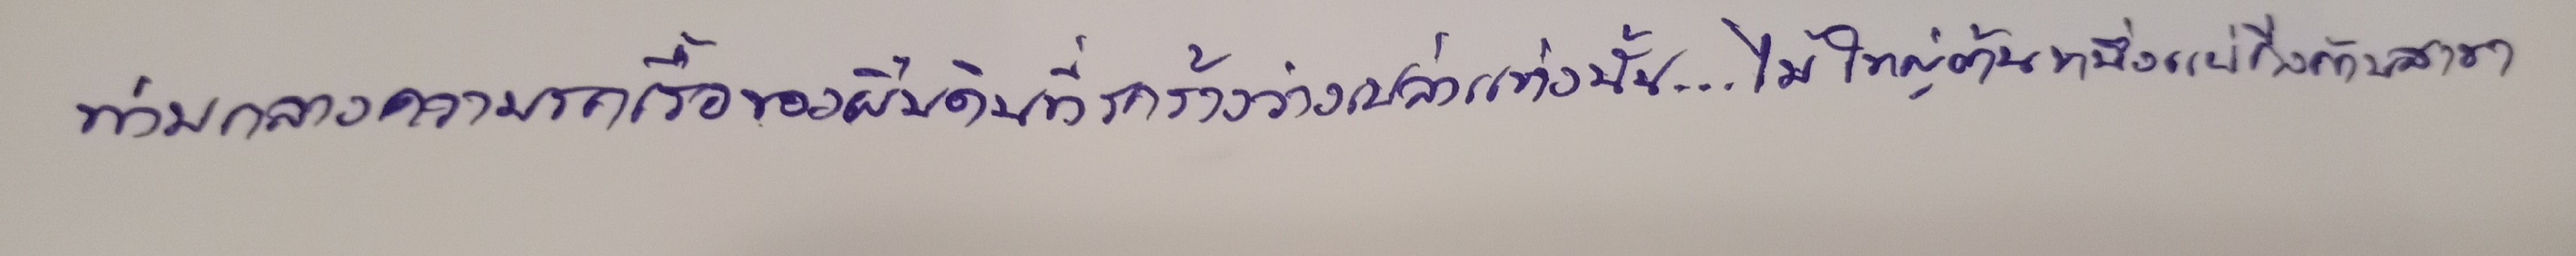
ท่ามกลางความรกเรื้อของผืนดินที่รกร้างว่างเปล่าแห่งนั้น...ไม้ใหญ่ต้นหนึ่งแผ่กิ่งก้านสาขา